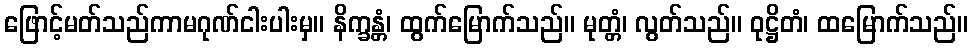
ဖြောင့်မတ်သည်ကာမဂုဏ်ငါးပါးမှ။ နိက္ခန္တံ၊ ထွက်မြောက်သည်။ မုတ္တံ၊ လွတ်သည်။ ဝုဋ္ဌိတံ၊ ထမြောက်သည်။